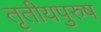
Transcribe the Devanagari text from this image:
तृतीयपुरुष